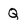
Character: Q